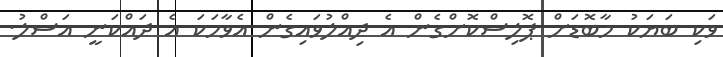
ވަކި ބަޔަކު މާބޮޑަށް ޕޮލިސްކޮށްގެން އެ ދިއްލުވައިގެން އެވާހަކަ އެ ދައްކަނީ އަސްލު.